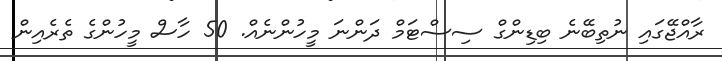
ރާއްޖޭގައި ނުތިބޭނެ ބިޑިންގް ސިސްޓަމް ދަންނަ މީހުންނެއް. 50 ހާސް މީހުންގެ ތެރެއިން